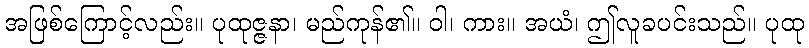
အဖြစ်ကြောင့်လည်း။ ပုထုဇ္ဇနာ၊ မည်ကုန်၏။ ဝါ၊ ကား။ အယံ၊ ဤလူခပင်းသည်။ ပုထု